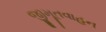
જીમૂતવાહન